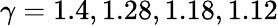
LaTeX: \gamma=1.4,1.28,1.18,1.12